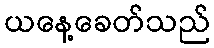
ယနေ့ခေတ်သည်